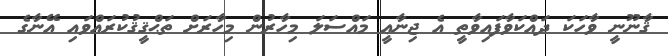
ޤާނޫނީ ވާހަކަ ދައްކަވާފައިވާތީ އެ ޖިނާޢީ މައްސަލަ މިހާރުން މިހާރަށް ތަޙްޤީޤުކުރައްވައި އޭނާގެ